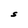
Character: S